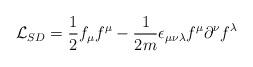
LaTeX: \begin{align*}{\cal L}_{SD} = \frac{1}{2}f_{\mu}f^{\mu} - \frac{1}{2m} \epsilon_{\mu \nu \lambda}f^{\mu}\partial^{\nu}f^{\lambda}\end{align*}